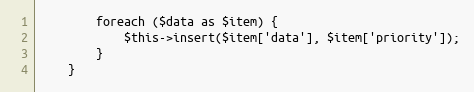
Language: PHP
        foreach ($data as $item) {
            $this->insert($item['data'], $item['priority']);
        }
    }